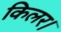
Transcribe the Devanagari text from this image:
किलर।